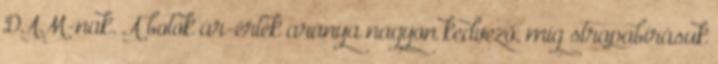
DAM-nak. A botok ár-érték aránya nagyon kedvező, míg strapabírásuk